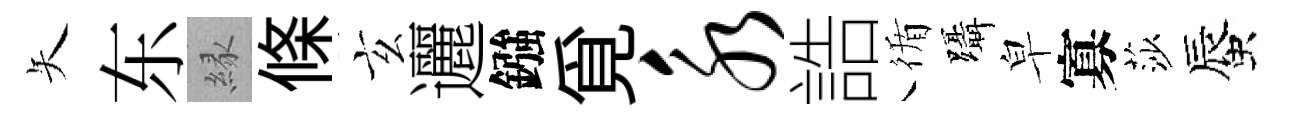
矢东縁條玄邐鏹覓永誥循躡皁寡莎蜃